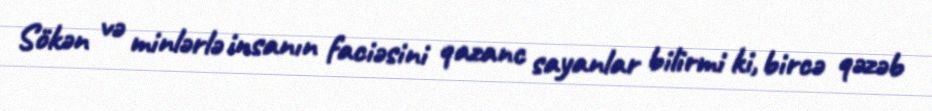
Sökən və minlərlə insanın faciəsini qazanc sayanlar bilirmi ki, bircə qəzəb